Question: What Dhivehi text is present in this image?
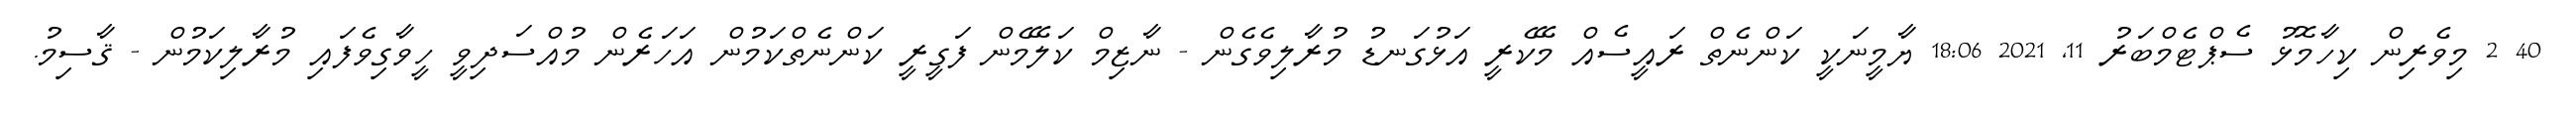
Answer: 40 2 މިވެރިން ކިހާމޮޅު ސެޕްޓެމްބަރު 11, 2021 18:06 ޔާމީނަކީ ކަންނެތް ރައީސެއް މޭކެރީ އަޅުގަނޑު މުރާލިވެގެން - ނާޒިމް ކަލޭމެން ފަގީރީ ކަންނެތްކަމުން އަހަރެން މުއްސަދިވީ ހީވާގިވެފައި މުރާލިކަމުން - ޤާސިމު.